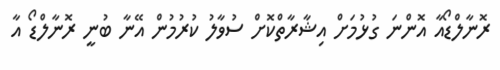
ރޮނާލްޑޯއާ އޮންނަ ގުޅުމަށް އިޝާރާތްކޮށް ސުވާލު ކުރުމުން އޭނާ ބުނީ ރޮނާލްޑޯ އާ